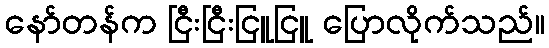
နော်တန်က ငြီးငြီးငြူငြူ ပြောလိုက်သည်။